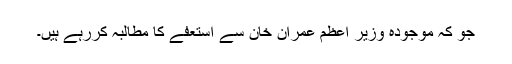
جو کہ موجودہ وزیر اعظم عمران خان سے استعفے کا مطالبہ کررہے ہیں۔